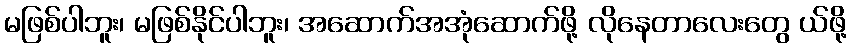
မဖြစ်ပါဘူး၊ မဖြစ်နိုင်ပါဘူး၊ အဆောက်အအုံဆောက်ဖို့ လိုနေတာလေးတွေ ယ်ဖို့